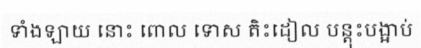
ទាំងឡាយ នោះ ពោល ទោស តិះដៀល បន្តុះបង្អាប់